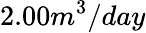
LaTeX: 2.00m^{3}/day